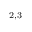
^ { 2 , 3 }